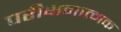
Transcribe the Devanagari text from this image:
परीक्षनात्मक